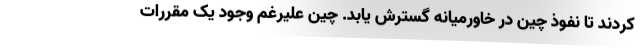
کردند تا نفوذ چین در خاورمیانه گسترش یابد. چین علیرغم وجود یک مقررات